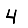
Digit: 4